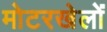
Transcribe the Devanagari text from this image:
मोटरखेलों